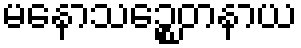
မနောသဉ္စေတနာယ